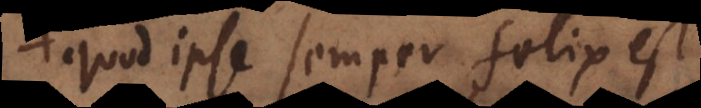
quod ipse semper felix est